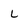
Character: L